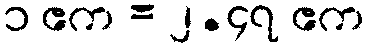
၁ ဧက = ၂.၄၇ ဧက